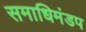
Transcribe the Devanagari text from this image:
समाधिमंडप